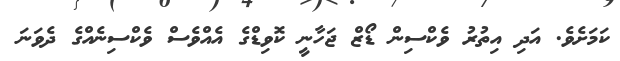
ކަމަަަށެވެ. އަދި އިތުރު ވެކްސިން ޑޯޒް ޖަހާނީ ކޮވިޑްގެ އެއްވެސް ވެކްސިނެއްގެ ދެވަނަ